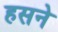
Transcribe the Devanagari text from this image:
हसने